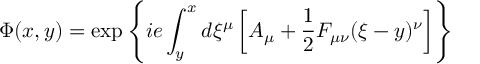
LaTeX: \Phi ( x , y ) = \exp \left\{ i e \int _ { y } ^ { x } d \xi ^ { \mu } \left[ A _ { \mu } + { \frac { 1 } { 2 } } F _ { \mu \nu } ( \xi - y ) ^ { \nu } \right] \right\}